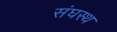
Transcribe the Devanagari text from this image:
संघस्थ